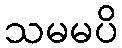
သမမပိ